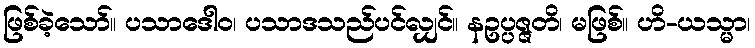
ဖြစ်ခဲ့သော်။ ပသာဒေါဝ၊ ပသာဒသည်ပင်လျှင်။ နဥပ္ပဇ္ဇတိ၊ မဖြစ်။ ဟိ-ယသ္မာ၊